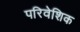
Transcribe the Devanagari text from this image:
परिवेशिक